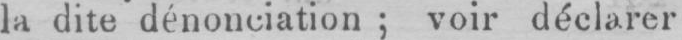
la dite dénonciation; voir déclarer